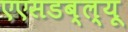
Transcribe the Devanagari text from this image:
एएसडब्ल्यू